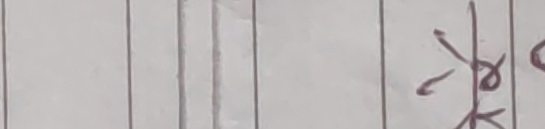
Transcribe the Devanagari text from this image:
४०